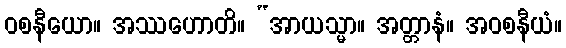
ဝစနီယော။ အဿဟောတိ။ “အာယသ္မာ။ အတ္တာနံ။ အဝစနီယံ။